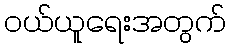
ဝယ်ယူရေးအတွက်